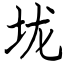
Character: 垅